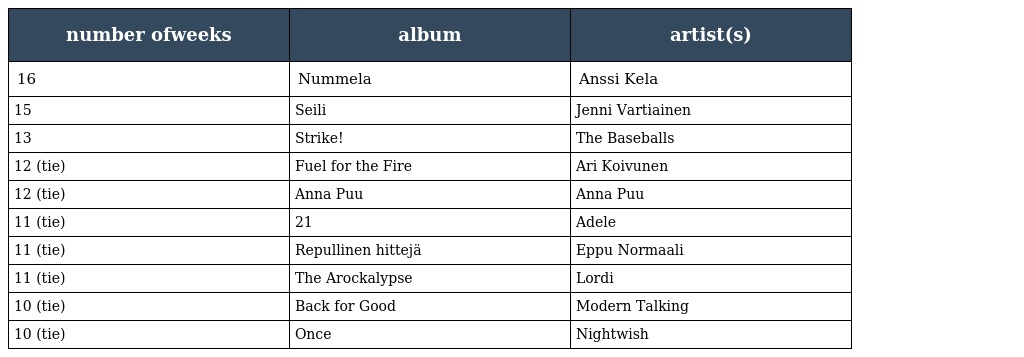
| number ofweeks | album | artist(s) |
 | --- | --- | --- |
 | 16 | Nummela | Anssi Kela |
 | 15 | Seili | Jenni Vartiainen |
 | 13 | Strike! | The Baseballs |
 | 12 (tie) | Fuel for the Fire | Ari Koivunen |
 | 12 (tie) | Anna Puu | Anna Puu |
 | 11 (tie) | 21 | Adele |
 | 11 (tie) | Repullinen hittejä | Eppu Normaali |
 | 11 (tie) | The Arockalypse | Lordi |
 | 10 (tie) | Back for Good | Modern Talking |
 | 10 (tie) | Once | Nightwish |